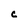
Character: c